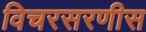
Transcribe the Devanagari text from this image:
विचरसरणीस